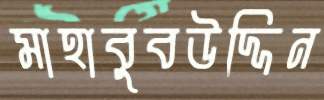
মাহাবুবউদ্দিন